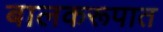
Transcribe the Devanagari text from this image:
बालकरूपात